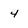
Character: 4